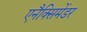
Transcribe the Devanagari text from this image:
एनैक्सिमेंडर